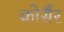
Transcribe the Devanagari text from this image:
कोर्सैर